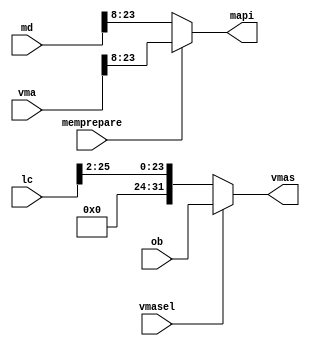
// VMAS --- VMA INPUT SELECTOR
//
// ---!!! Add description.
//
// History:
//
//   (20YY-MM-DD HH:mm:ss BRAD) Converted to Verilog.
//	???: Nets added.
//	???: Nets removed.
//   (1978-05-08 07:24:22 TK) Initial.

`timescale 1ns/1ps
`default_nettype none

module VMAS(/*AUTOARG*/
   // Outputs
   mapi, vmas,
   // Inputs
   lc, md, ob, vma, memprepare, vmasel
   );

   input [25:0] lc;
   input [31:0] md;
   input [31:0] ob;
   input [31:0] vma;
   input memprepare;
   input vmasel;

   output [23:8] mapi;
   output [31:0] vmas;

   ////////////////////////////////////////////////////////////////////////////////

   assign vmas = vmasel ? ob : {8'b0, lc[25:2]};
   assign mapi = ~memprepare ? md[23:8] : vma[23:8];

endmodule

`default_nettype wire

// Local Variables:
// verilog-library-directories: ("..")
// End: